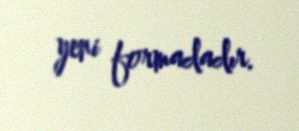
yeni formadadır.